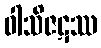
ဝါသိဇဋဿ